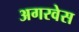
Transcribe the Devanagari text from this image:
अगरवेस